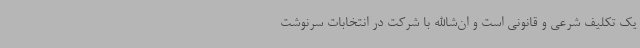
یک تکلیف شرعی و قانونی است و ان‌شاالله با شرکت در انتخابات سرنوشت